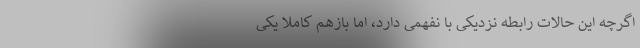
اگرچه این حالات رابطهٔ نزدیکی با نفهمی دارد، اما بازهم کاملاً یکی